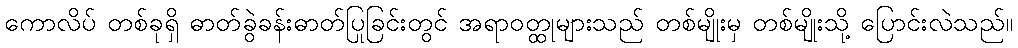
ကောလိပ် တစ်ခုရှိ ဓာတ်ခွဲခန်းဓာတ်ပြုခြင်းတွင် အရာဝတ္ထုများသည် တစ်မျိုးမှ တစ်မျိုးသို့ ပြောင်းလဲသည်။